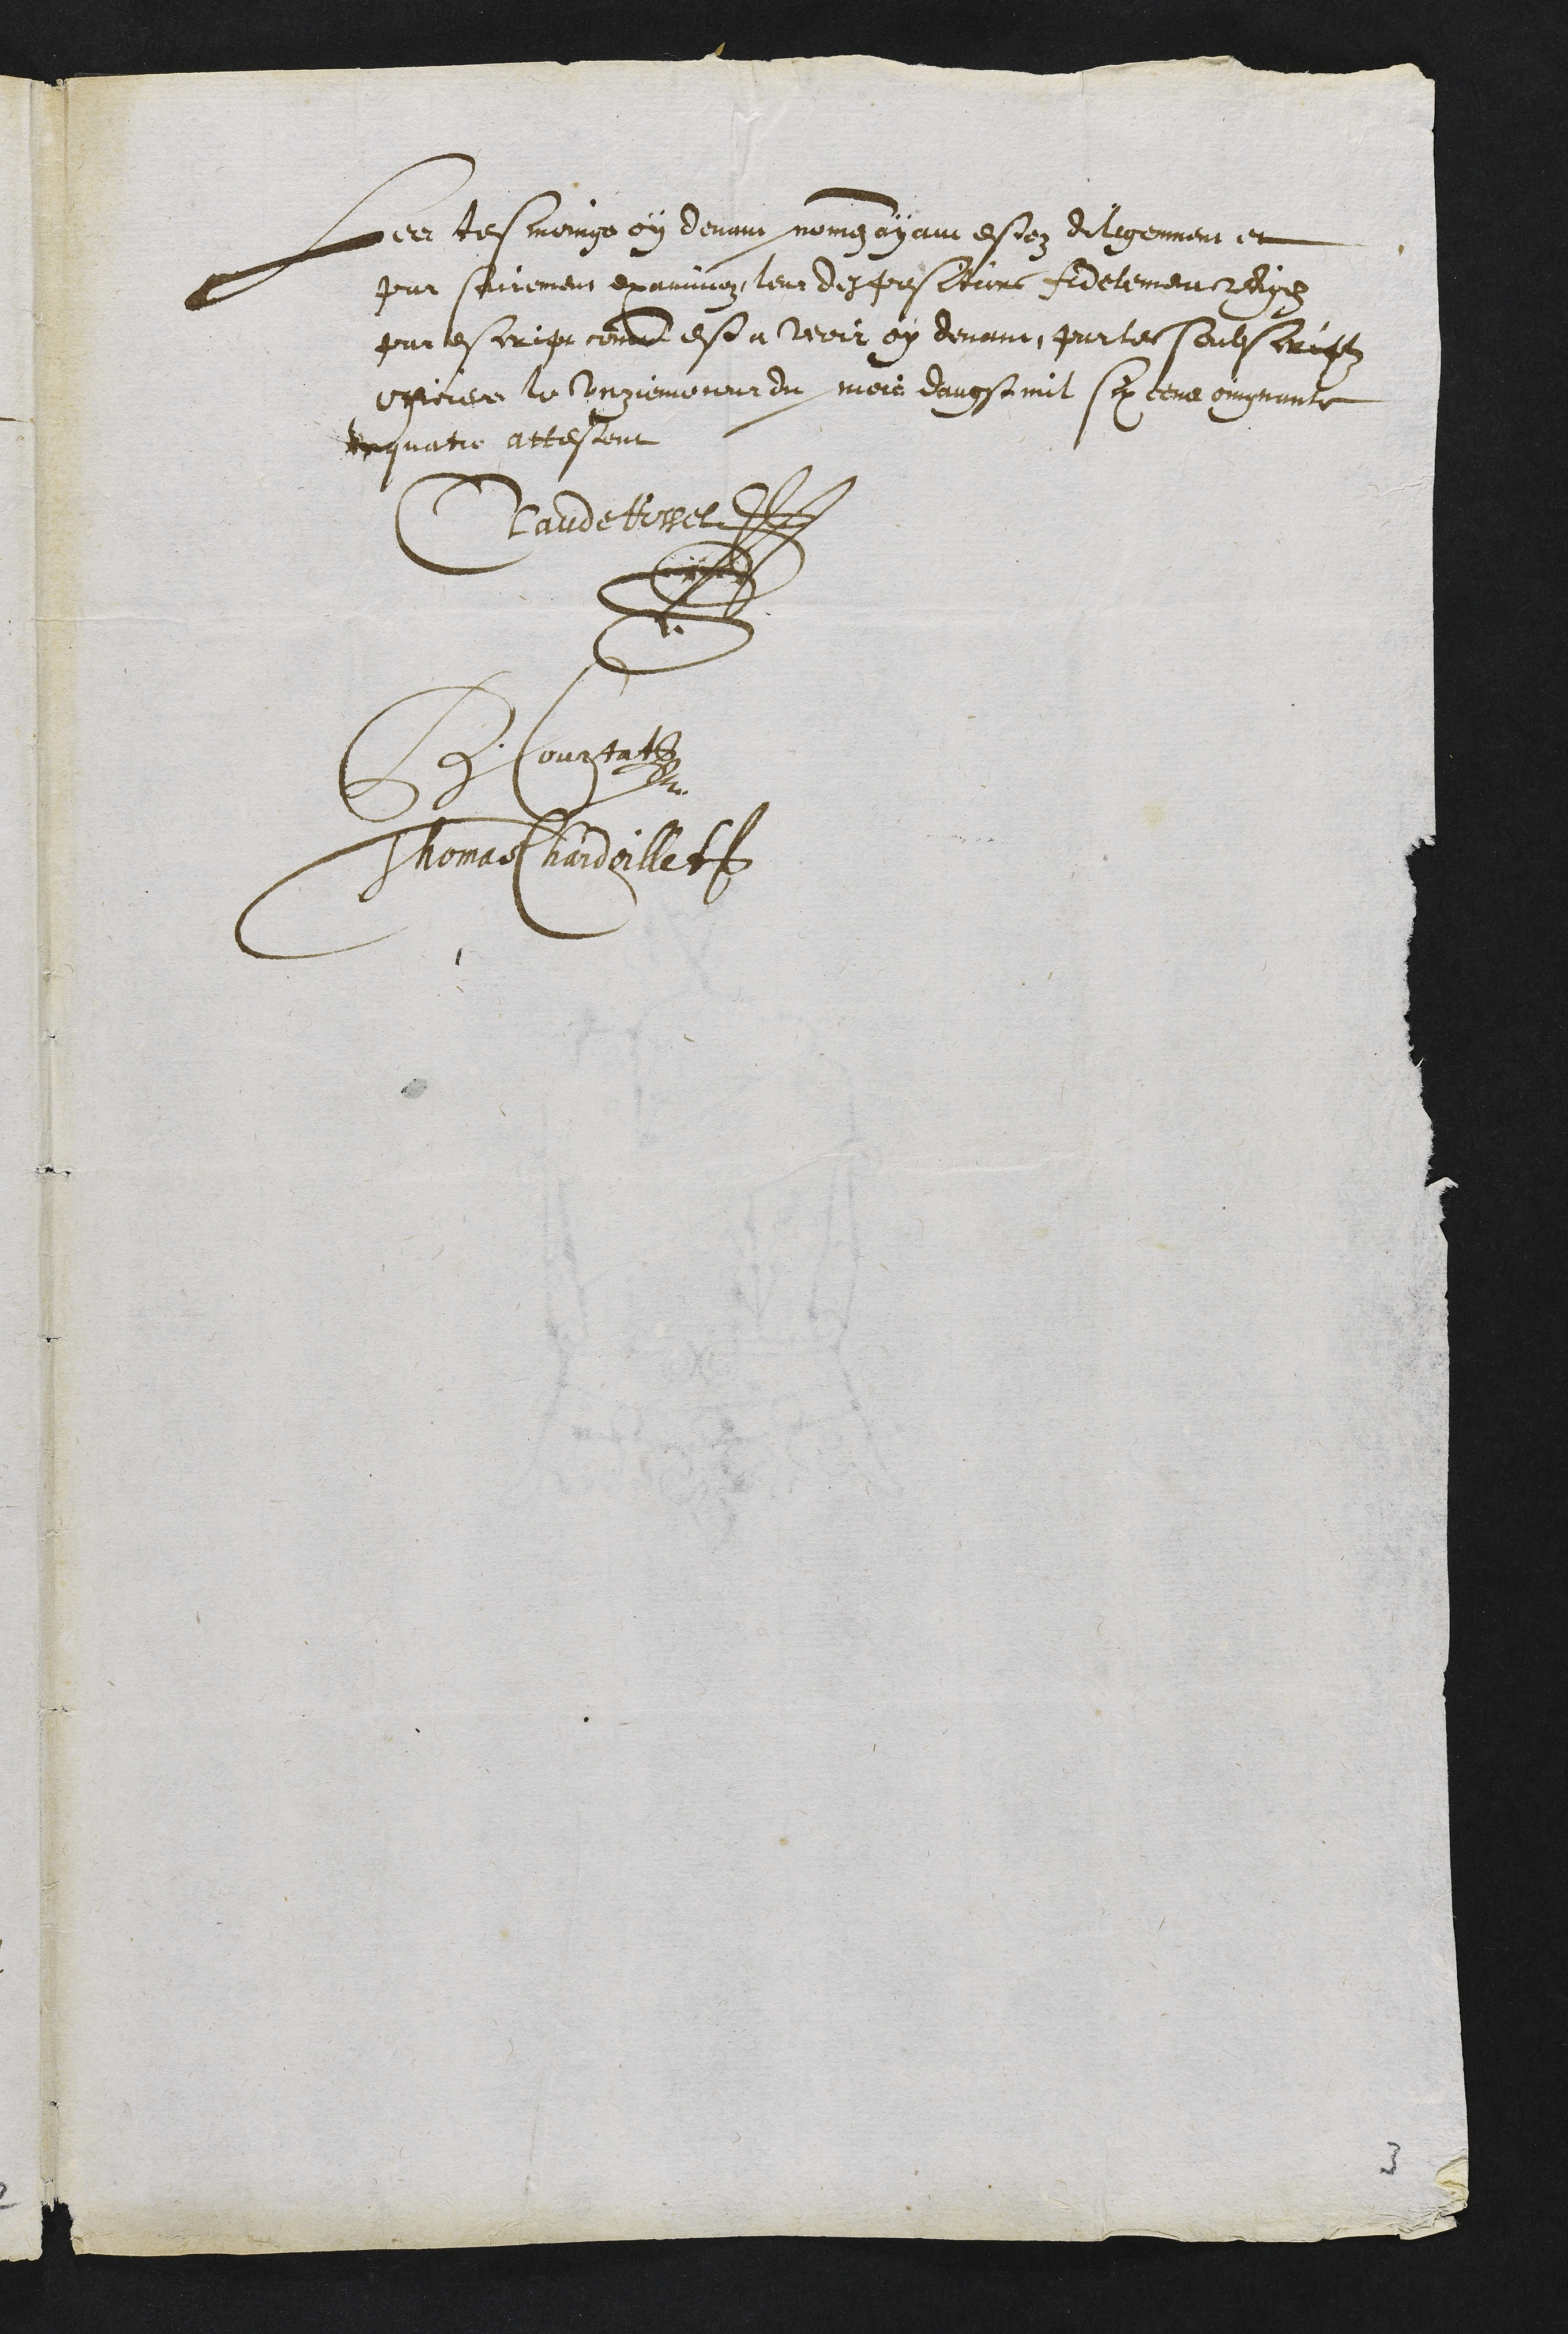
Les tesmoing ey devant noingan au estez Ailigennen et
patr sairement examinoz, leur desposceurs fidelementredies
pur lescrig commd est a veoir oy devant, partes soubscrifz
opporer le ungiemo cour du mois davgstmit sex tena oingnante
inquatie attestent
Candeto
DCoupa
Thomae hardillet